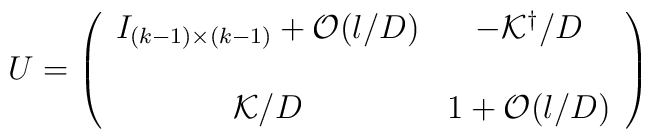
U=\left( \begin{array}{cc} I_{(k-1)\times(k-1)} + {\cal O}(l/D) &-{\cal K}^\dagger/D \\ \\ {\cal K}/D & 1+{\cal O}(l/D)\end{array} \right)